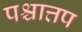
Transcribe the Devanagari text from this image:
पश्चात्तप